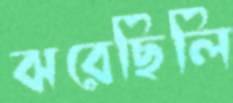
ঝরেছিলি